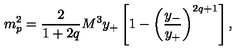
m _ { p } ^ { 2 } = { \frac { 2 } { 1 + 2 q } } { M ^ { 3 } y _ { + } } \left[ 1 - \left( { \frac { y _ { - } } { y _ { + } } } \right) ^ { 2 q + 1 } \right] ,